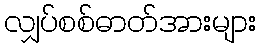
လျှပ်စစ်ဓာတ်အားများ